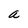
Character: a